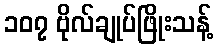
၁၀၇ ဗိုလ်ချုပ်ဖြိုးသန့်